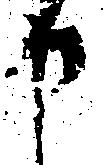
申